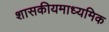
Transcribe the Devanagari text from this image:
शासकीयमाध्यमिक